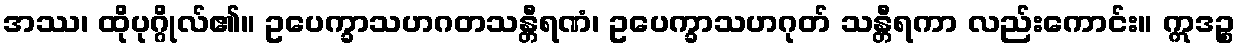
အဿ၊ ထိုပုဂ္ဂိုလ်၏။ ဥပေက္ခာသဟဂတသန္တီရဏံ၊ ဥပေက္ခာသဟဂုတ် သန္တီရကာ လည်းကောင်း။ ဣဒဉ္စ